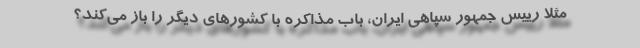
مثلا رییس جمهور سپاهی ایران، باب مذاکره با کشورهای دیگر را باز می‌کند؟